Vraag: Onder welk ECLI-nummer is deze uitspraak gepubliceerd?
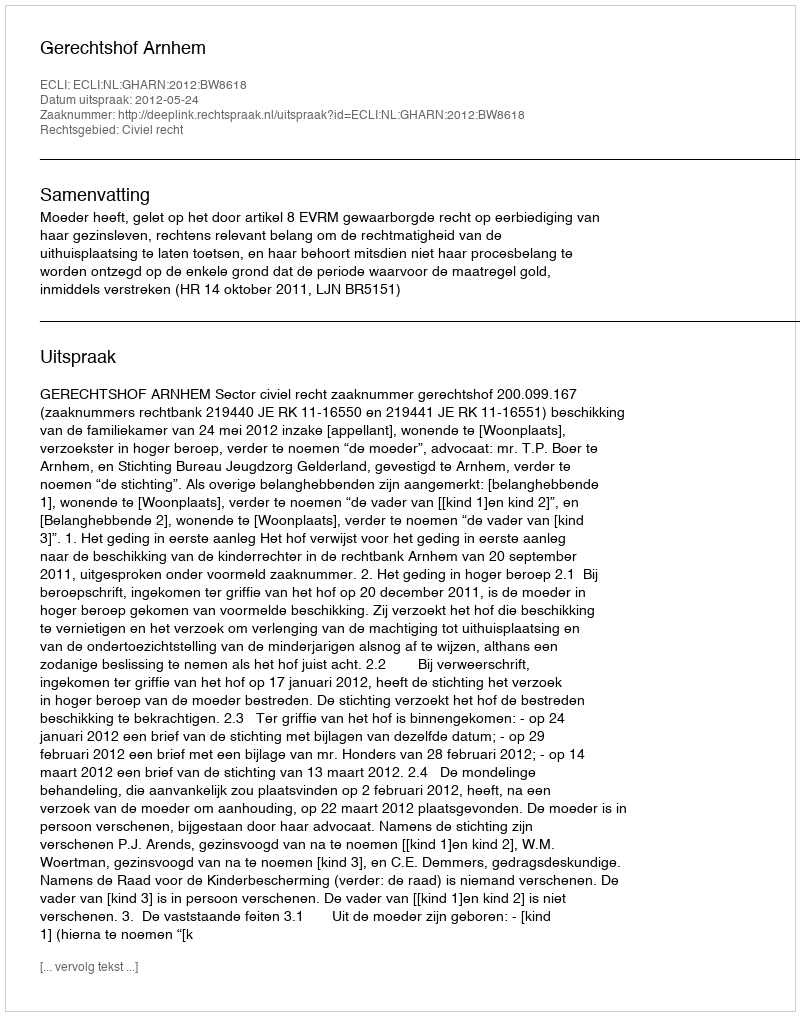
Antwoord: ECLI:NL:GHARN:2012:BW8618